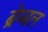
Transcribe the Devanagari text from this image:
ब्रेम्बल